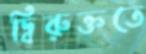
দ্বিরুক্ততে